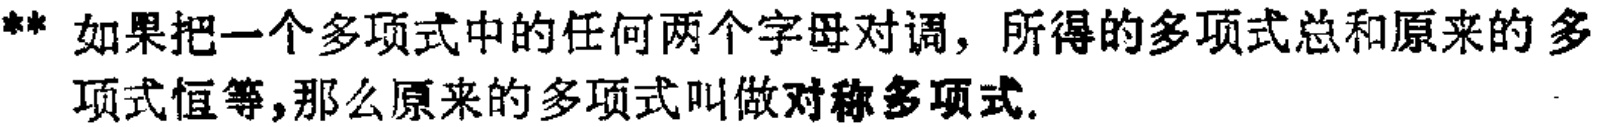
** 如果把一个多项式中的任何两个字母对调，所得的多项式总和原来的多项式恒等,那么原来的多项式叫做对称多项式.